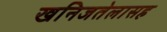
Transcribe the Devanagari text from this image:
खनिजतेलासह